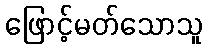
ဖြောင့်မတ်သောသူ